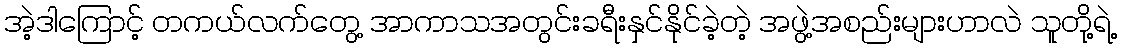
အဲ့ဒါကြောင့် တကယ်လက်တွေ့ အာကာသအတွင်းခရီးနှင်နိုင်ခဲ့တဲ့ အဖွဲ့အစည်းများဟာလဲ သူတို့ရဲ့